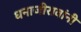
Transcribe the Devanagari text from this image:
धनाजीरावांनी